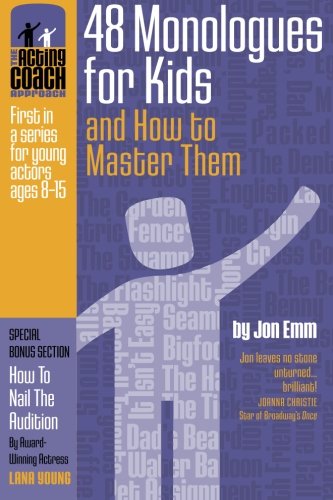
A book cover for The Acting Coach Approach: 48 Monologues for Kids and How to Master Them (Volume 1); Mr. Jon Emm; Literature & Fiction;